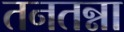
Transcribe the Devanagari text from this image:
तनतन्ना